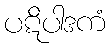
ပဋိပါဒကံ